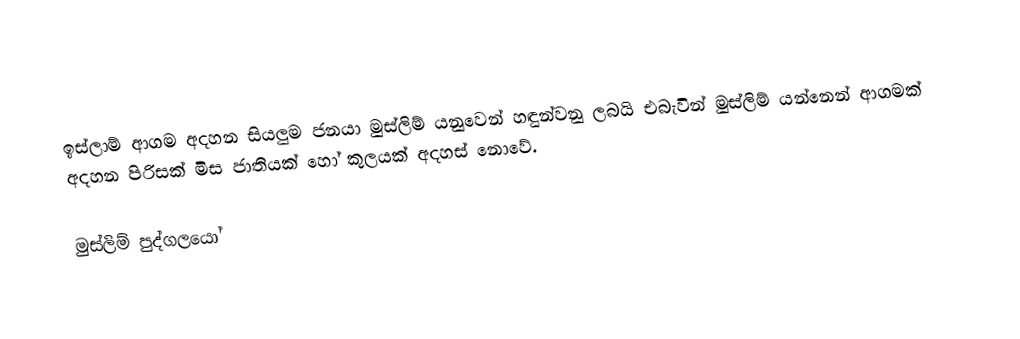
ඉස්ලාම් ආගම අදහන සියලුම ජනයා මුස්ලිම් යනුවෙන් හඳුන්වනු ලබයි එබැවින් මුස්ලිම් යන්නෙන් ආගමක් අදහන පිරිසක් මිස ජාතියක් හෝ කුලයක් අදහස් නොවේ.

මුස්ලිම් පුද්ගලයෝ